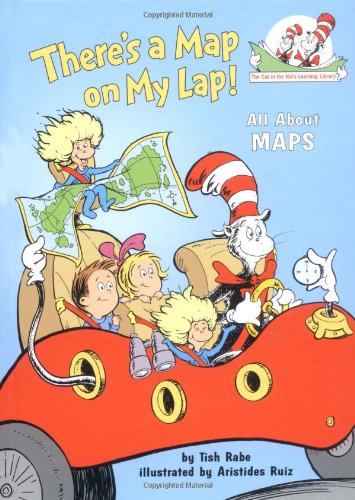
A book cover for There's a Map on My Lap!: All About Maps (Cat in the Hat's Learning Library); Tish Rabe; Children's Books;